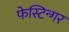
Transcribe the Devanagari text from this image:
फेस्टिन्गर